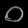
Digit: ၀